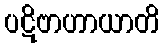
ပဋိဗာဟာယာတိ